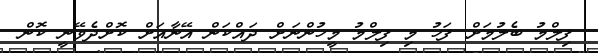
ފިލްމު ބެލުމަށް ފަހު މި ފިލްމު މީހުންނަށް ދައްކަން އޭނާއަށް ކޮށްދެވޭނީ ކޮން